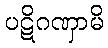
ပဋိဂဏှာမိ